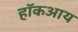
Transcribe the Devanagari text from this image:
हॉकआय